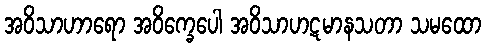
အဝိသာဟာရော အဝိက္ခေပေါ အဝိသာဟဋမာနသတာ သမထော